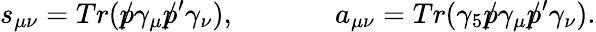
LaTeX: s_{\mu\nu}=Tr(\rlap/p\gamma_{\mu}\rlap/p^{\prime}\gamma_{\nu}),\ ~~~~~\ ~~~~~~\ a_{\mu\nu}=Tr(\gamma_{5}\rlap/p\gamma_{\mu}\rlap/p^{\prime}\gamma_{\nu}).